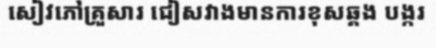
សៀវភៅគ្រួសារ ជៀសវាងមានការខុសឆ្គង បង្ករ